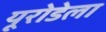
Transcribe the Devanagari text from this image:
यूरोडेला